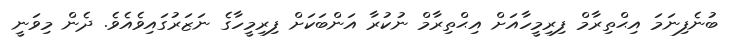
ބުނެފިނަމަ އިޙްތިރާމް ފިރިމީހާއަށް އިޙްތިރާމް ނުކުރާ އަންބަކަށް ފިރިމީހާގެ ނަޒަރުގައިވެެއެވެ. ދެން މިވަނީ